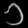
Digit: ၁